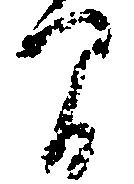
間